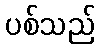
ပစ်သည်